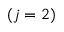
( j = 2 )